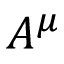
A ^ { \mu }